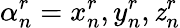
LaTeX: \alpha_{n}^{r}={x_{n}^{r},y_{n}^{r},\mathit{z}_{n}^{r}}